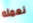
نعمله